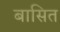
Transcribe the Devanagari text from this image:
बासित